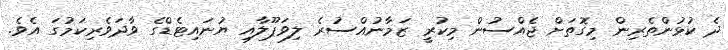
ދެ ކުޅުންތެރިން މިގޮތަށް ޖެއްސުން މިކުރީ ޒަމާނުއްސުރެ ލިވަޕޫލާއި ޔުނައިޓެޑްގެ ވާދަވެރިކަމުގަ އެވެ.